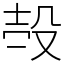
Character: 𣪊